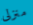
منزلى